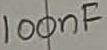
Text: 100nF